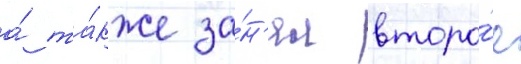
а́ та́кже за́н'ял второ́е